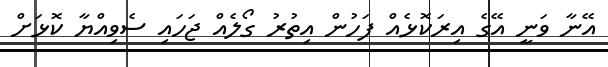
އޭނާ ވަނީ އޭގެ އިރަކޮޅެއް ފަހުން އިތުރު ގޯލެއް ޖަހައި ސެވިއްޔާ ކޮޅަށް